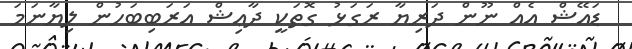
ޑައޭޝް އެއް ނޫން ދަރިޔާ ރަގަޅު ގޮތަކީ ދާޢިޝް އަރަބިބަހުން ލިޔާނަމަ